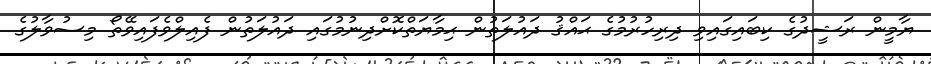
ޔާމީން ރަޝީދުގެ ކިބައިގައިވި ދިރިހުރުމުގެ ޙައްޤު ދައުލަތުން ޙިމާޔަތްކޮށްދިނުމުގައި ދައުލަތުން ފެއިލްވެފައިވޭތޯ މިސުވާލުގެ